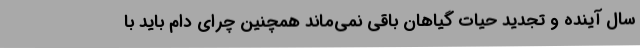
سال آینده و تجدید حیات گیاهان باقی نمی‌ماند همچنین چرای دام باید با